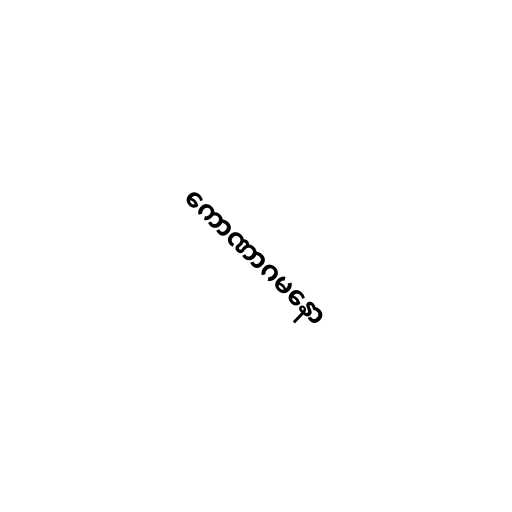
ကောဏာဂမနော